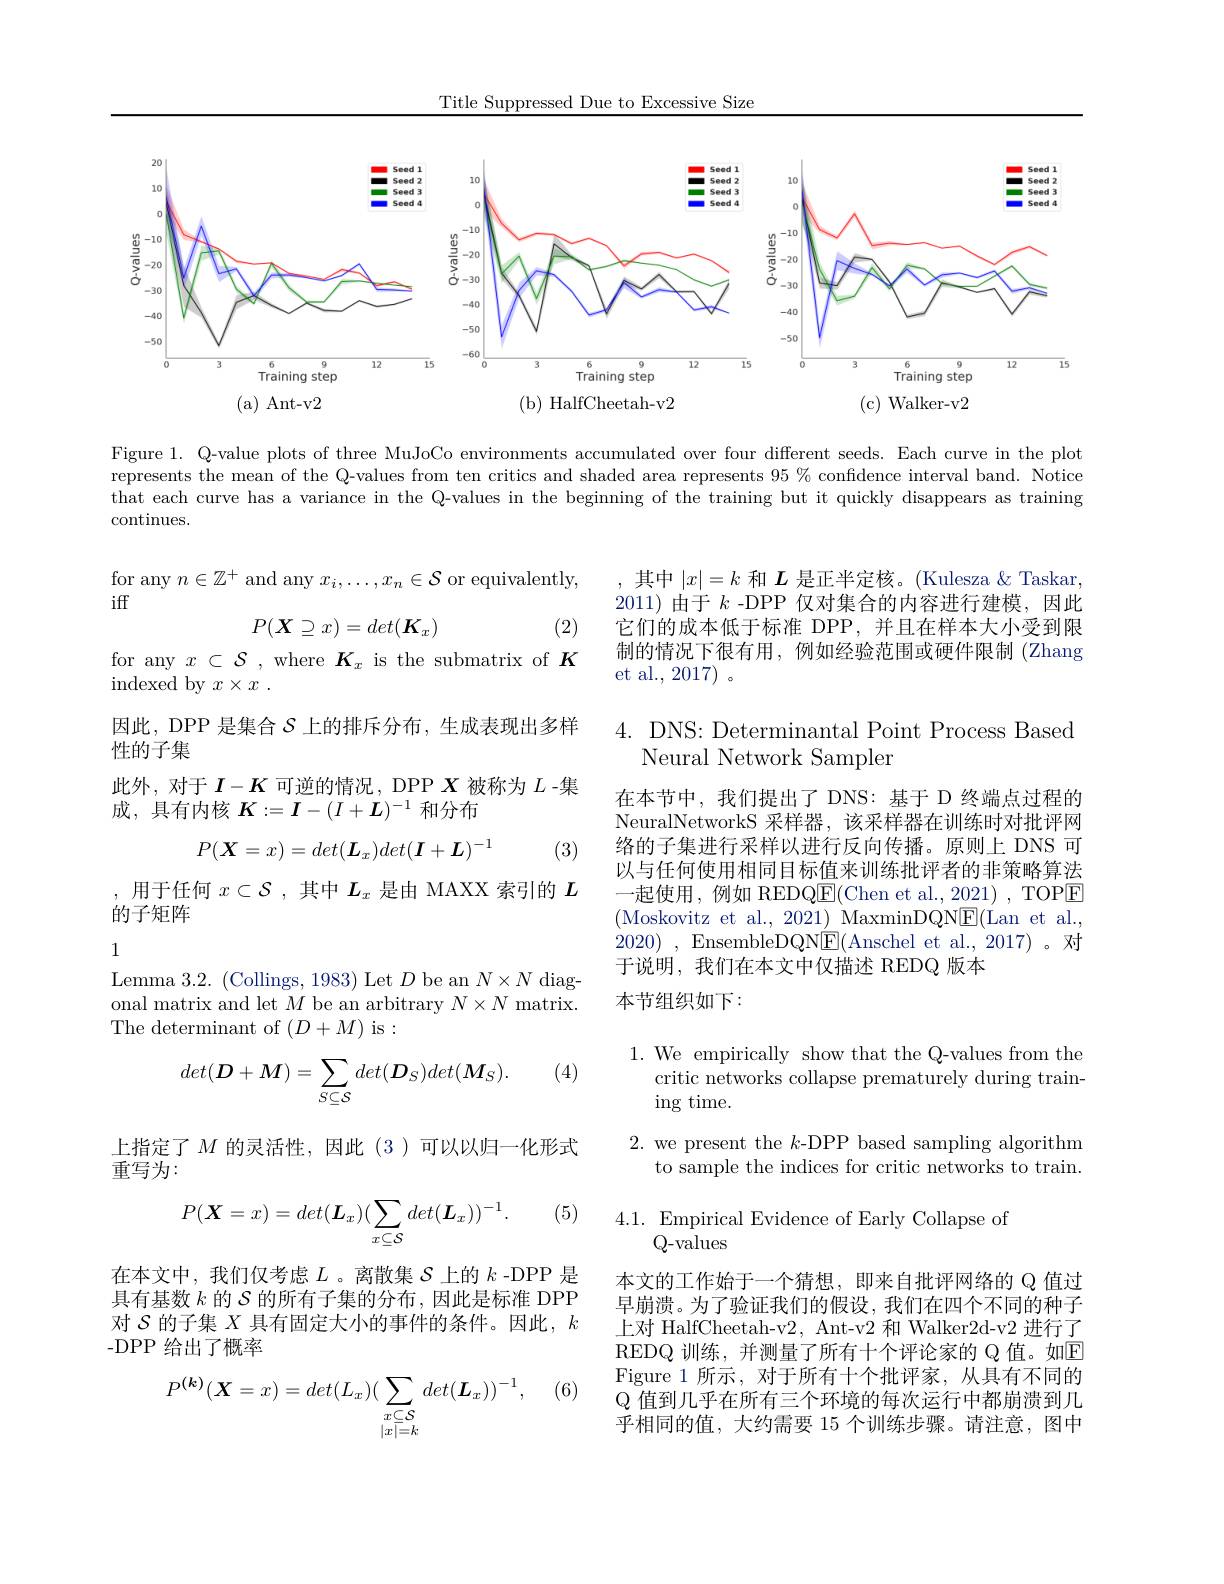
Title Suppressed Due to Excessive Size

<FigureHere>

Figure 1. Q-value plots of three MuJoCo environments accumulated over four different seeds. Each curve in the plot represents the mean of the Q-values from ten critics and shaded area represents $95\%$ confidence interval band. Notice that each curve has a variance in the Q-values in the beginning of the training but it quickly disappears as training

continues.

for any $n\in\mathbb{Z}^+$ and any $x_i,\ldots,x_n\in\mathcal{S}$ or equivalently,
iff
$$P(X\supseteq x)=det(K_x)$$
其中$|x|=k$和$L$是正半定核。(Kulesza & Taskar, 2011) 由于$k$ -DPP 仅对集合的内容进行建模，因此它们的成本低于标准 DPP,并且在样本大小受到限制的情况下很有用，例如经验范围或硬件限制(Zhang et al., 2017)。

(2)

for any $x\subset\mathcal{S}$ , where $K_x$ is the submatrix of $K$
indexed by $x\times x$ .
因此，DPP 是集合$\mathcal{S}$上的排斥分布，生成表现出多样
性的子集
此外，对于$I-K$可逆的情况，DPP $X$被称为$L$ -集
成，具有内核$K:=I-(I+L)^{-1}$和分布

## 4. DNS: Determinantal Point Process Based Neural Network Sampler
$$P(\boldsymbol{X}=x)=det(\boldsymbol{L}_x)det(\boldsymbol{I}+\boldsymbol{L})^{-1}$$
(3)

在本节中，我们提出了 DNS: 基于 D 终端点过程的NeuralNetworkS 采样器，该采样器在训练时对批评网络的子集进行采样以进行反向传播。原则上 DNS 可以与任何使用相同目标值来训练批评者的非策略算法一起使用，例如 REDQ$\underline{\mathrm{E}}($Chen et al.,2021),TOP$\underline{\mathrm{E}}$ (Moskovitz et al., 2021) MaxminDQN$\underline{\mathrm{E}}($Lan et al., 2020) , EnsembleDQN$\boxed{\mathrm{F}}($Anschel et al., 2017)。对于说明，我们在本文中仅描述 REDQ 版本
本节组织如下：

,用于任何$x\subset\mathcal{S}$ ,其中$L_x$是由 MAXX 索引的$L$
的子矩阵

1

Lemma 3.2. (Collings, 1983) Let $D$ be an $N\times N$ diagonal matrix and let $M$ be an arbitrary $N\times N$ matrix. The determinant of $(D+M)$ is:

(4)
$$det(\boldsymbol{D}+\boldsymbol{M})=\sum_{S\subseteq\mathcal{S}}det(\boldsymbol{D}_{S})det(\boldsymbol{M}_{S}).$$
1. We empirically show that the Q-values from the
critic networks collapse prematurely during train-
$\operatorname{ing}$time.
2. we present the $k$-DPP based sampling algorithm
to sample the indices for critic networks to train.

上指定了$M$ 的灵活性，因此(3)可以以归一化形式
重写为：

(5)

4.1. Empirical Evidence of Early Collapse of
$$P(\boldsymbol{X}=x)=det(\boldsymbol{L}_x)(\sum_{x\subseteq\mathcal{S}}det(\boldsymbol{L}_x))^{-1}.$$
Q- values

在本文中，我们仅考虑$L$ 。离散集$\mathcal{S}$上的$k$ -DPP 是具有基数$k$的$\mathcal{S}$的所有子集的分布，因此是标准 DPP 对$\mathcal{S}$的子集$X$具有固定大小的事件的条件。因此，$k$ -DPP 给出了概率

本文的工作始于一个猜想，即来自批评网络的 Q 值过早崩溃。为了验证我们的假设，我们在四个不同的种子上对 HalfCheetah-v2, Ant-v2 和 Walker2d-v2 进行了REDQ 训练，并测量了所有十个评论家的 Q 值。如$\overline{\mathrm{E}}$ Figure 1 所示，对于所有十个批评家，从具有不同的$\mathbb{Q}$值到几乎在所有三个环境的每次运行中都崩溃到几乎相同的值，大约需要 15 个训练步骤。请注意，图中

(6)
$$P^{(\boldsymbol{k})}(\boldsymbol{X}=x)=det(L_x)(\sum\limits_{\substack{x\subseteq\mathcal{S}\\|x|=k}}det(\boldsymbol{L}_x))^{-1},$$